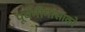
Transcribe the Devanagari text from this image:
पूर्वमीमांसाकाे